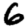
Digit: 6